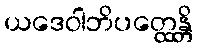
ယဒေဝါဘိပတ္ထေန္တိ